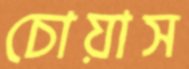
চোয়াস